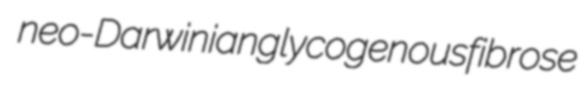
neo-Darwinian glycogenous fibrose